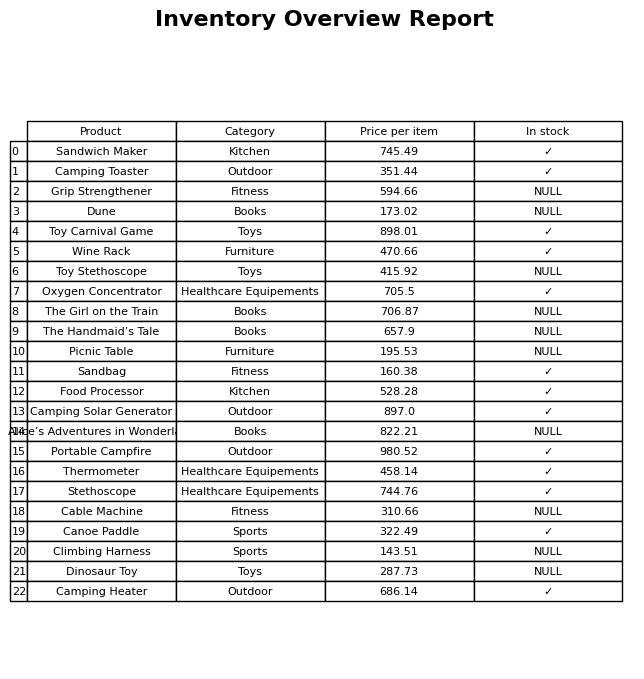
question: What is the price of the Camping Solar Generator?
answer: The price of Camping Solar Generator is 897.0.